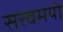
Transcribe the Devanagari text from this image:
सत्त्वमयो